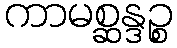
ကာမစ္ဆန္ဒဉ္စ